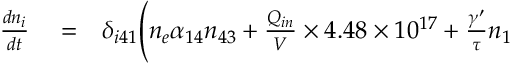
\begin{array} { r l r } { \frac { d n _ { i } } { d t } } & { { } = } & { \delta _ { i 4 1 } \Biggl ( n _ { e } \alpha _ { 1 4 } n _ { 4 3 } + \frac { Q _ { i n } } { V } \times 4 . 4 8 \times 1 0 ^ { 1 7 } + \frac { \gamma ^ { \prime } } { \tau } n _ { 1 } } \end{array}